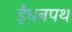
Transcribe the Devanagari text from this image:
ईंधनपथ